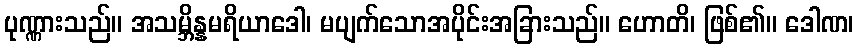
ပုဏ္ဏားသည်။ အသမ္ဘိန္နမရိယာဒေါ၊ မပျက်သောအပိုင်းအခြားသည်။ ဟောတိ၊ ဖြစ်၏။ ဒေါဏ၊